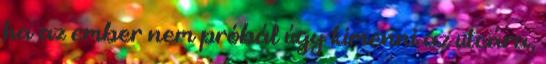
ha az ember nem próbál úgy kimenni az utcára,